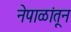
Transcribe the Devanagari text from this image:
नेपाळांतून